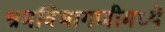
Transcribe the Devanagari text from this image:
श्रमविभागणीमध्ये